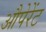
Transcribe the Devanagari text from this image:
औपेरेंट